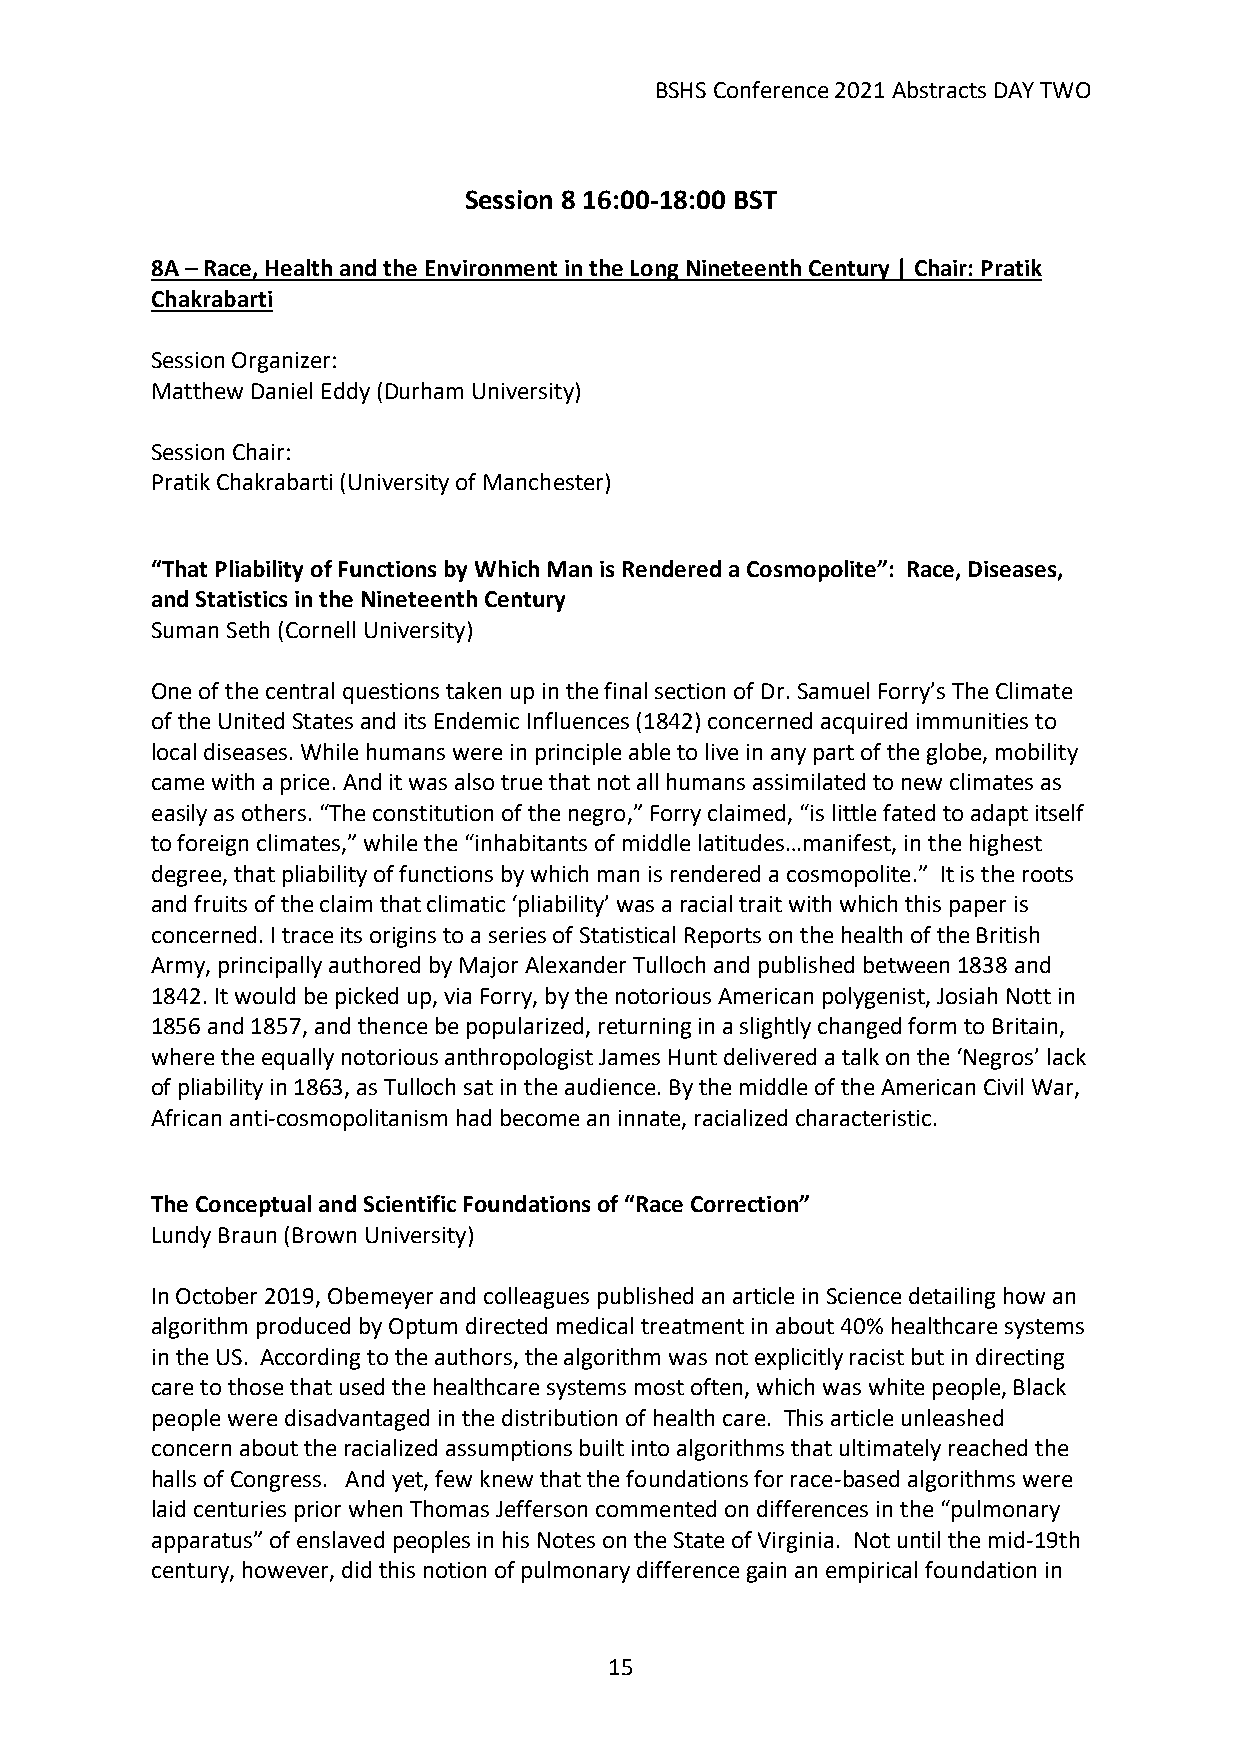
BSHS Conference 2021 Abstracts DAY TWO
 Session 8 16:00-18:00 BST
 8A – Race, Health and the Environment in the Long Nineteenth Century | Chair: Pratik
 Chakrabarti
 Session Organizer:
 Matthew Daniel Eddy (Durham University)
 Session Chair:
 Pratik Chakrabarti (University of Manchester)
 “That Pliability of Functions by Which Man is Rendered a Cosmopolite”: Race, Diseases,
 and Statistics in the Nineteenth Century
 Suman Seth (Cornell University)
 One of the central questions taken up in the final section of Dr. Samuel Forry’s The Climate
 of the United States and its Endemic Influences (1842) concerned acquired immunities to
 local diseases. While humans were in principle able to live in any part of the globe, mobility
 came with a price. And it was also true that not all humans assimilated to new climates as
 easily as others. “The constitution of the negro,” Forry claimed, “is little fated to adapt itself
 to foreign climates,” while the “inhabitants of middle latitudes…manifest, in the highest
 degree, that pliability of functions by which man is rendered a cosmopolite.” It is the roots
 and fruits of the claim that climatic ‘pliability’ was a racial trait with which this paper is
 concerned. I trace its origins to a series of Statistical Reports on the health of the British
 Army, principally authored by Major Alexander Tulloch and published between 1838 and
 1842. It would be picked up, via Forry, by the notorious American polygenist, Josiah Nott in
 1856 and 1857, and thence be popularized, returning in a slightly changed form to Britain,
 where the equally notorious anthropologist James Hunt delivered a talk on the ‘Negros’ lack
 of pliability in 1863, as Tulloch sat in the audience. By the middle of the American Civil War,
 African anti-cosmopolitanism had become an innate, racialized characteristic.
 The Conceptual and Scientific Foundations of “Race Correction”
 Lundy Braun (Brown University)
 In October 2019, Obemeyer and colleagues published an article in Science detailing how an
 algorithm produced by Optum directed medical treatment in about 40% healthcare systems
 in the US. According to the authors, the algorithm was not explicitly racist but in directing
 care to those that used the healthcare systems most often, which was white people, Black
 people were disadvantaged in the distribution of health care. This article unleashed
 concern about the racialized assumptions built into algorithms that ultimately reached the
 halls of Congress. And yet, few knew that the foundations for race-based algorithms were
 laid centuries prior when Thomas Jefferson commented on differences in the “pulmonary
 apparatus” of enslaved peoples in his Notes on the State of Virginia. Not until the mid-19th
 century, however, did this notion of pulmonary difference gain an empirical foundation in
 15